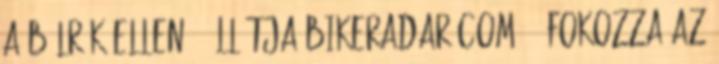
a bélrák ellen - állítja Bikeradar.com 9. Fokozza az